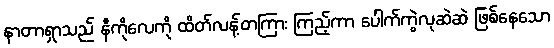
နာတာရှာသည် နီကိုလေကို ထိတ်လန့်တကြား ကြည့်ကာ ပေါက်ကွဲလုဆဲဆဲ ဖြစ်နေသော